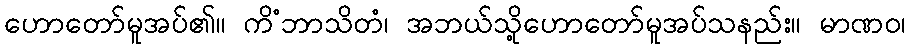
ဟောတော်မူအပ်၏။ ကိံဘာသိတံ၊ အဘယ်သို့ဟောတော်မူအပ်သနည်း။ မာဏဝ၊